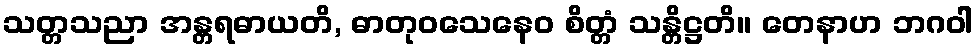
သတ္တသညာ အန္တရဓာယတိ, ဓာတုဝသေနေဝ စိတ္တံ သန္တိဋ္ဌတိ။ တေနာဟ ဘဂဝါ